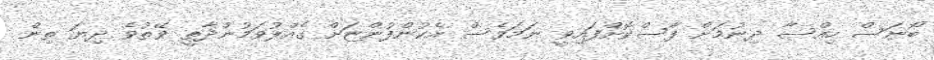
ބޯނަސް ހިއްސާ ދިނުމަށް ފާސްކޮށްފައިވީ ނަމަވެސް އެކުންފުންޏަށް ގެއްލުވަމުންދާތީ ވޭތުވެ ދިޔަ ތިން